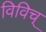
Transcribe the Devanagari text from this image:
विविच्